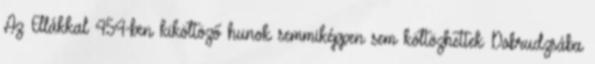
Az Ellákkal 454-ben kiköltöző hunok semmiképpen sem költözhettek Dobrudzsába